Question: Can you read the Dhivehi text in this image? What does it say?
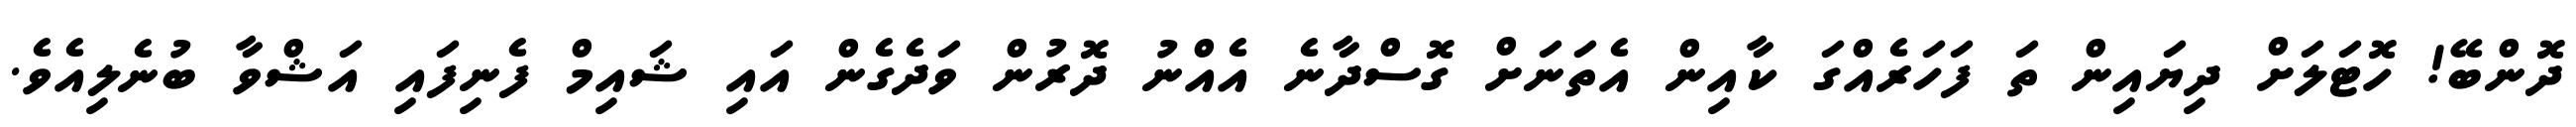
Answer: ދޮންބޭ! ހޮޓަލަށް ދިޔައިން ތަ ފަހަރެއްގަ ކާއިން އެތަނަށް ގޮސްދާނެ އެއްނު ދޮރުން ވަދެގެން އައި ޝައިމް ފެނިފައި އަޝްވާ ބުނެލިއެވެ.